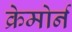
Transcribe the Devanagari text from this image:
क्रेमोर्न